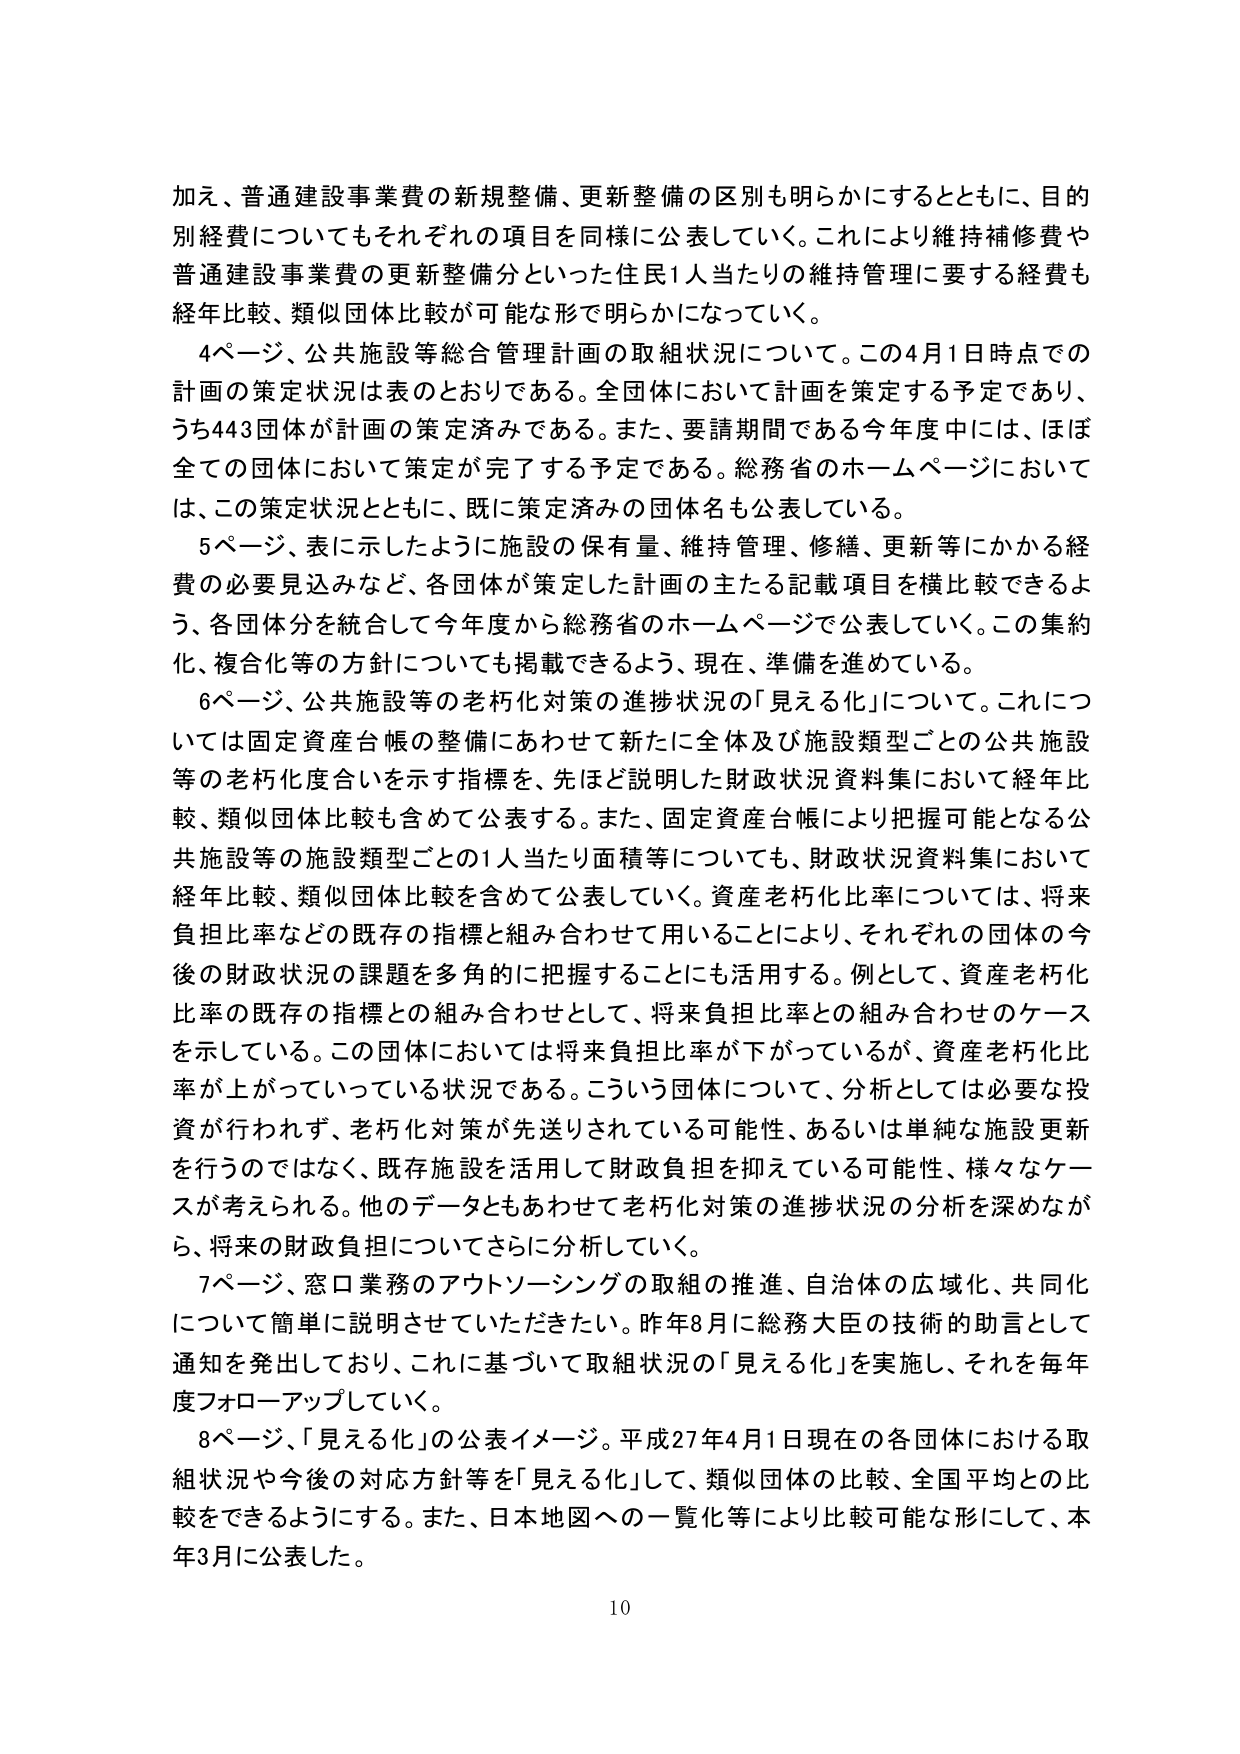
加え、普通建設事業費の新規整備、更新整備の区別も明らかにするとともに、目的別経費についてもそれぞれの項目を同様に公表していく。これにより維持補修費や普通建設事業費の更新整備分といった住民1人当たりの維持管理に要する経費も経年比較、類似団体比較が可能な形で明らかになっていく。

4ページ、公共施設等総合管理計画の取組状況について。この4月1日時点での計画の策定状況は表のとおりである。全団体において計画を策定する予定であり、うち443団体が計画の策定済みである。また、要請期間である今年度中には、ほぼ全ての団体において策定が完了する予定である。総務省のホームページにおいては、この策定状況とともに、既に策定済みの団体名も公表している。

5ページ、表に示したように施設の保有量、維持管理、修繕、更新等にかかる経費の必要見込みなど、各団体が策定した計画の主たる記載項目を横比較できるよう、各団体分を統合して今年度から総務省のホームページで公表していく。この集約化、複合化等の方針についても掲載できるよう、現在、準備を進めている。

6ページ、公共施設等の老朽化対策の進捗状況の「見える化」について。これについては固定資産台帳の整備にあわせて新たに全体及び施設類型ごとの公共施設等の老朽化度合いを示す指標を、先ほど説明した財政状況資料集において経年比較、類似団体比較も含めて公表する。また、固定資産台帳により把握可能となる公共施設等の施設類型ごとの1人当たり面積等についても、財政状況資料集において経年比較、類似団体比較を含めて公表していく。資産老朽化比率については、将来負担比率などの既存の指標と組み合わせて用いることにより、それぞれの団体の今後の財政状況の課題を多角的に把握することにも活用する。例として、資産老朽化比率の既存の指標との組み合わせとして、将来負担比率との組み合わせのケースを示している。この団体においては将来負担比率が下がっているが、資産老朽化比率が上がっている状況である。こういう団体について、分析としては必要な投資が行われず、老朽化対策が先送りされている可能性、あるいは単純な施設更新を行うのではなく、既存施設を活用して財政負担を抑えている可能性、様々なケースが考えられる。他のデータともあわせて老朽化対策の進捗状況の分析を深めながら、将来の財政負担についてさらに分析していく。

7ページ、窓口業務のアウトソーシングの取組の推進、自治体の広域化、共同化について簡単に説明させていただきたい。昨年8月に総務大臣の技術的助言として通知を発出しており、これに基づいて取組状況の「見える化」を実施し、それを毎年度フォローアップしていく。

8ページ、「見える化」の公表イメージ。平成27年4月1日現在の各団体における取組状況や今後の対応方針等を「見える化」して、類似団体の比較、全国平均との比較ができるようにする。また、日本地図への一覧化等により比較可能な形にして、本年3月に公表した。

10